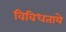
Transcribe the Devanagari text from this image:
विविधताये